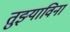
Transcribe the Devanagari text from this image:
तुझ्याविना